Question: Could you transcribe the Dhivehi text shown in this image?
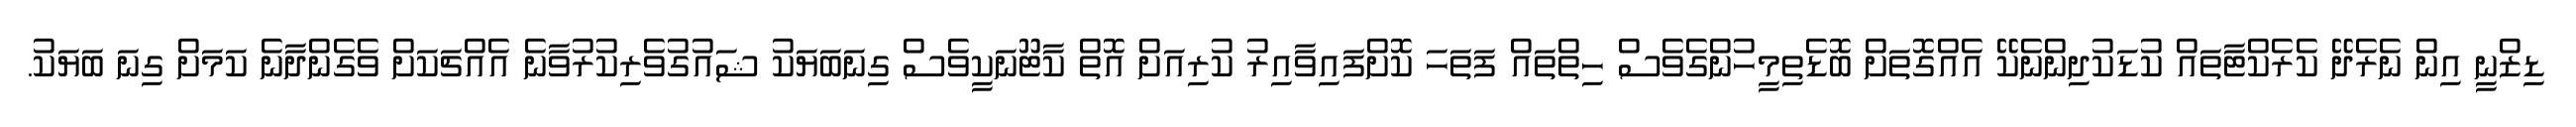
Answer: ޑިޒްނީ އިން ނެރެދޭ ކެރެކްޓާތައް ކުޑަކުދިންނެކޭ އެއްގޮތަށް ބޮޑެތިމީހުންގެވެސް ހިތްތައް ފަތަހަ ކޮށްފައިވާއިރު ކުރިއަށް އޮތް ކާޓޫނަކީވެސް ގިނަބަޔަކު ޝައުގުވެރިކުރުވާނެ އެއްޗަކަށް ވެގެންދާނެ ކަމަށް ގިނަ ބަޔަކު.